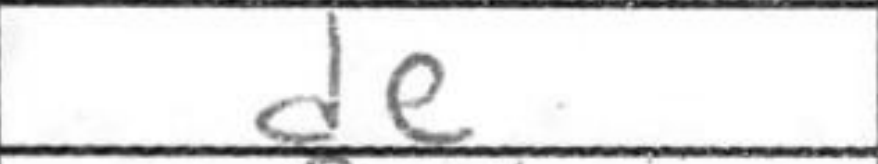
Transcription: de